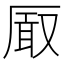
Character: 𭆐